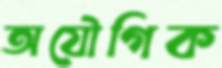
অযৌগিক